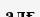
алғ